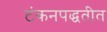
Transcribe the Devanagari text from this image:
टंकनपद्धतीत